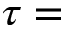
\tau =